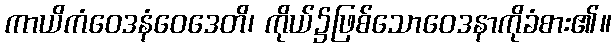
ကာယိကံဝေဒနံဝေဒေတိ၊ ကိုယ်၌ဖြစ်သောဝေဒနာကိုခံစား၏။